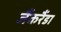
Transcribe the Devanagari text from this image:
जैंकरैंडा